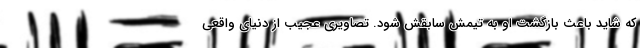
که شاید باعث بازگشت او به تیمش سابقش شود. تصاویری عجیب از دنیای واقعی